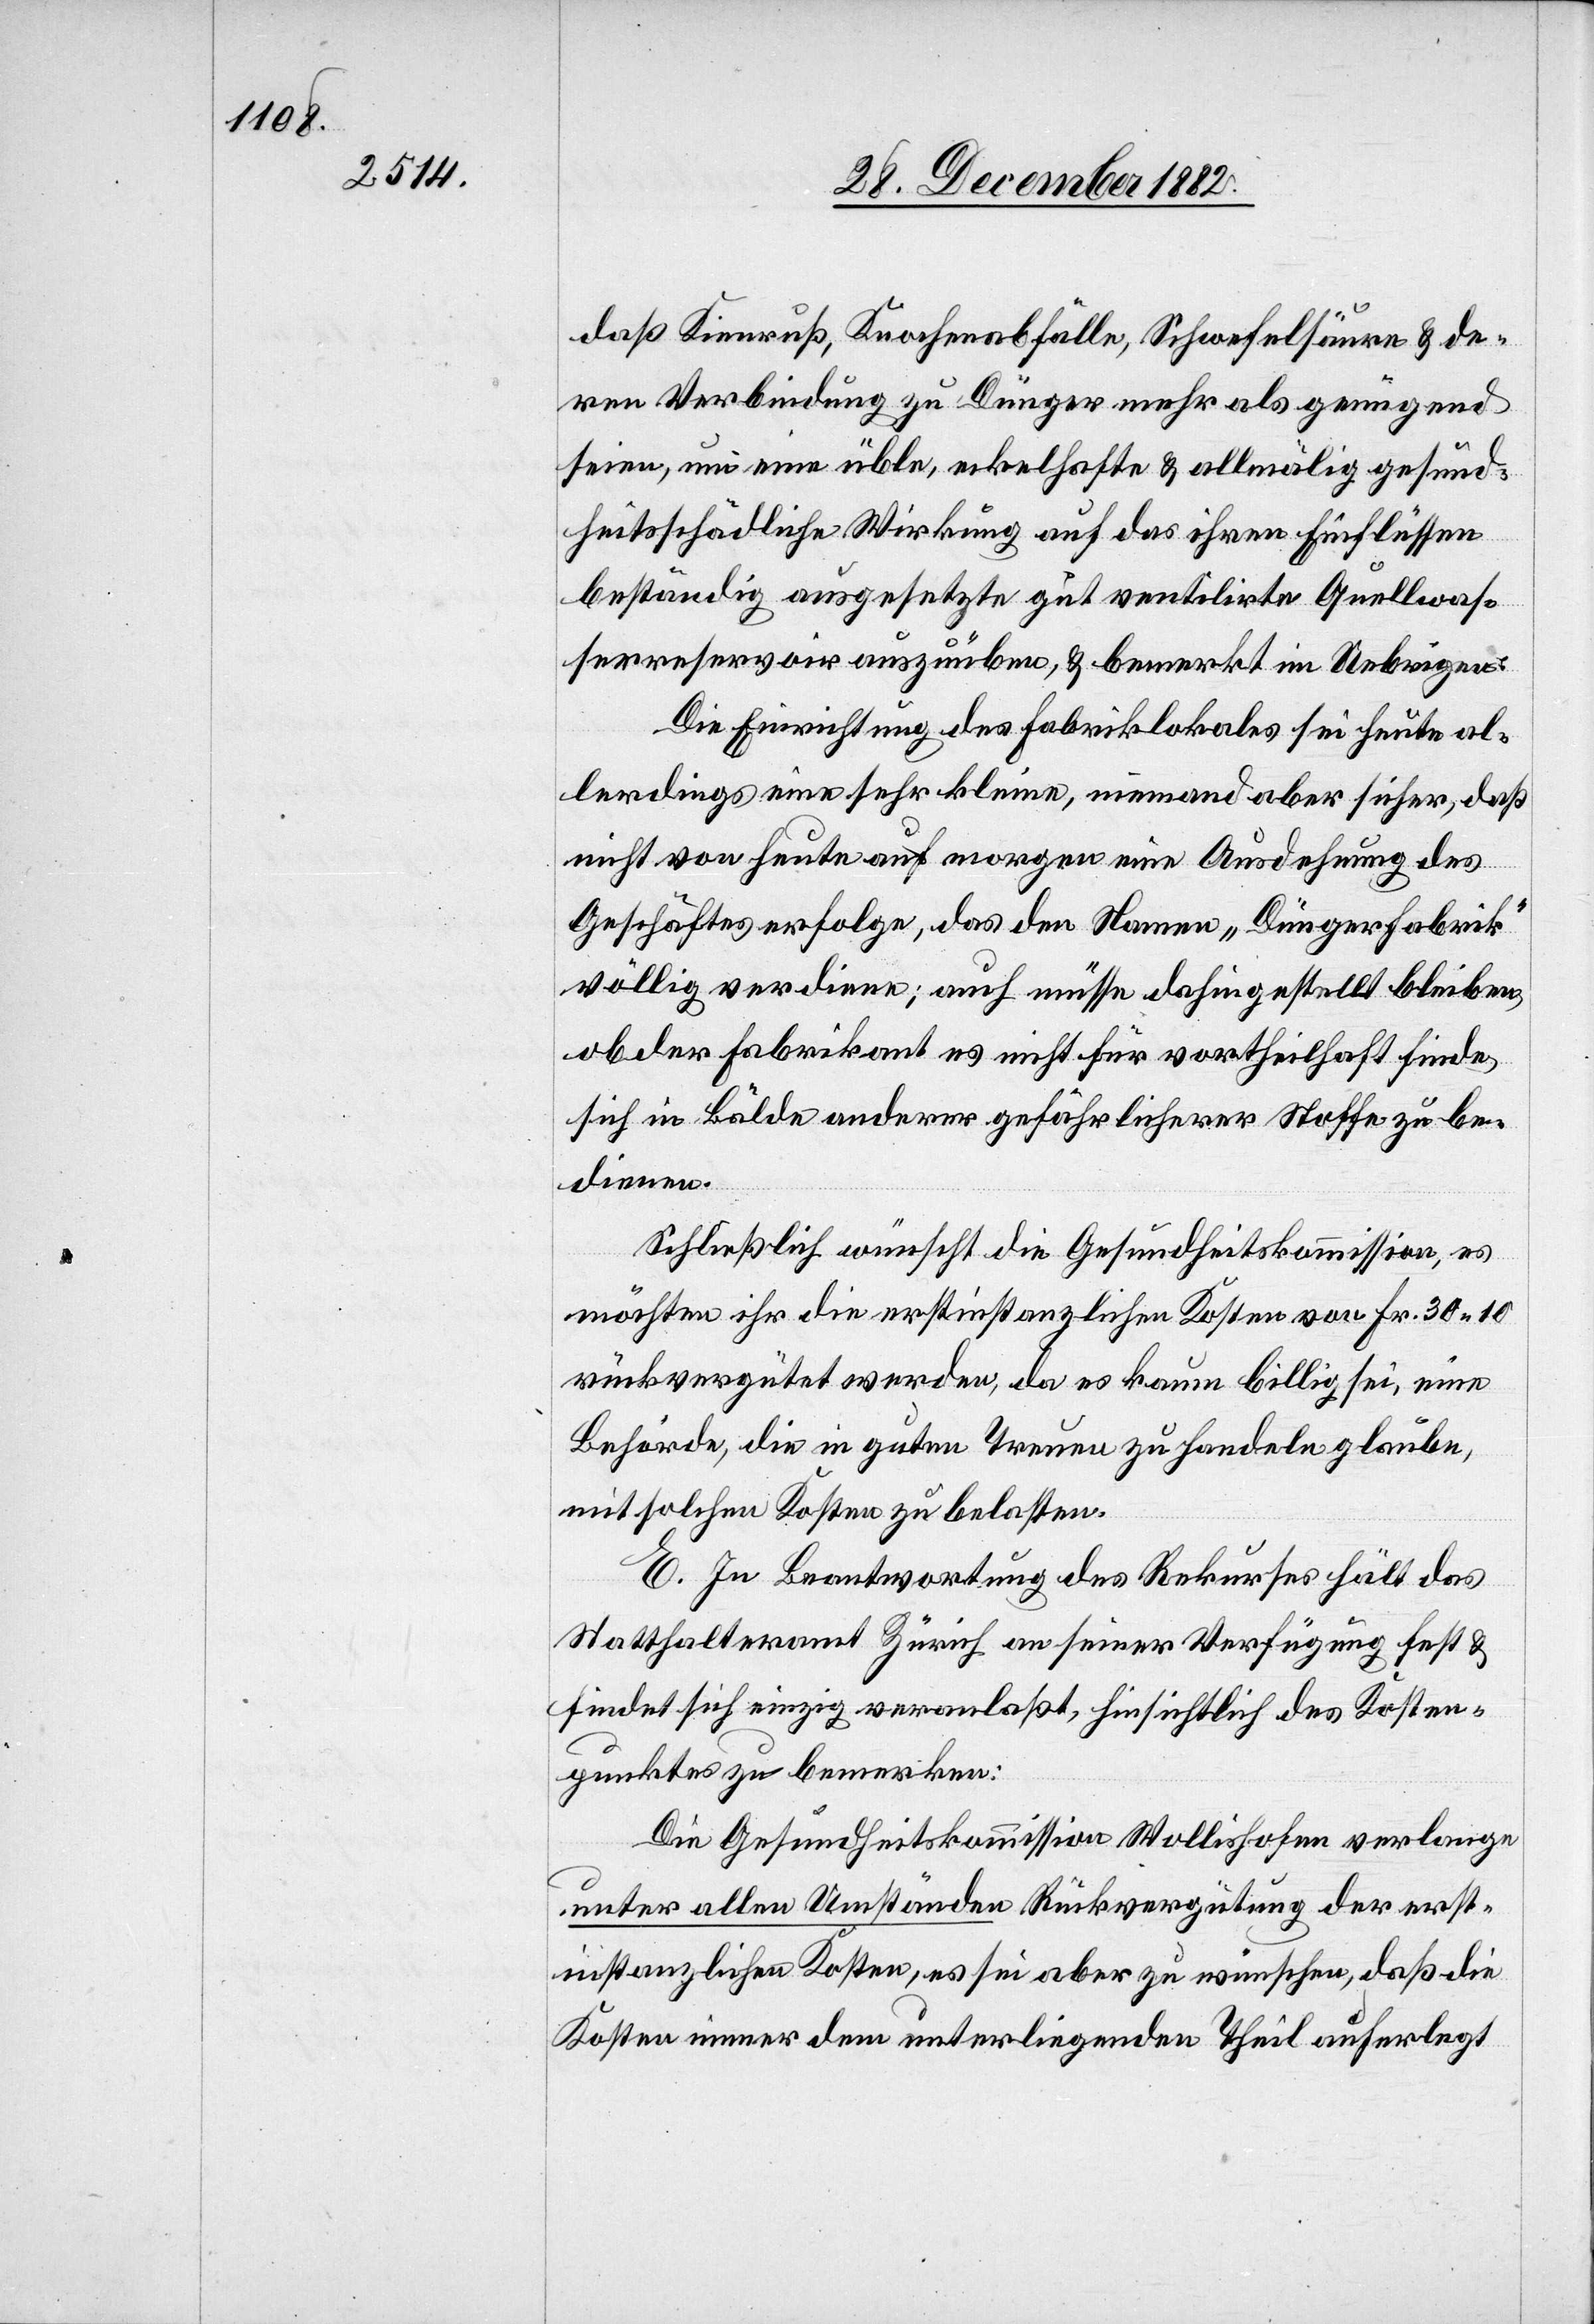
daß Kienruß, Knochenabfälle, Schwefelsäure & de¬
ren Verbindung zu Dünger mehr als genügend
seien, um eine üble, eckelhafte & allmälig gesund¬
heitsschädliche Wirkung auf das ihren Einflüssen
beständig ausgesetzte gut ventilirte Quellwas¬
serreservoir auszuüben, & bemerkt im Uebrigen:
Die Einrichtung des Fabriklokals sei heute al¬
lerdings eine sehr kleine, niemand aber sicher, daß
nicht von heute auf morgen eine Ausdehnung des
Geschäftes erfolge, das den Namen „Düngerfabrik“
völlig verdiene; auch müsse dahin gestellt bleiben,
ob der Fabrikant es nicht für vortheilhaft finde,
sich in Bälde anderer gefährlicherer Stoffe zu be¬
dienen.
Schließlich wünscht die Gesundheitskommission, es
möchten ihr die erstinstanzlichen Kosten von Fr. 30 10
rückvergütet werden, da es kaum billig sei, eine
Behörde, die in guten Treuen zu Handeln glaube,
mit solchen Kosten zu belasten.
E. In Beantwortung des Rekurses hält das
Statthalteramt Zürich an seiner Verfügung fest &
findet sich einzig veranlaßt, hinsichtlich des Kosten¬
punktes zu bemerkten:
Die Gesundheitskommission Wollishofen verlange
unter allen Umständen Rückvergütung der erst¬
instanzlichen Kosten, es sei aber zu wünschen, daß die
Kosten immer dem unterliegenden Theil auferlegt